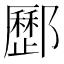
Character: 𨟑